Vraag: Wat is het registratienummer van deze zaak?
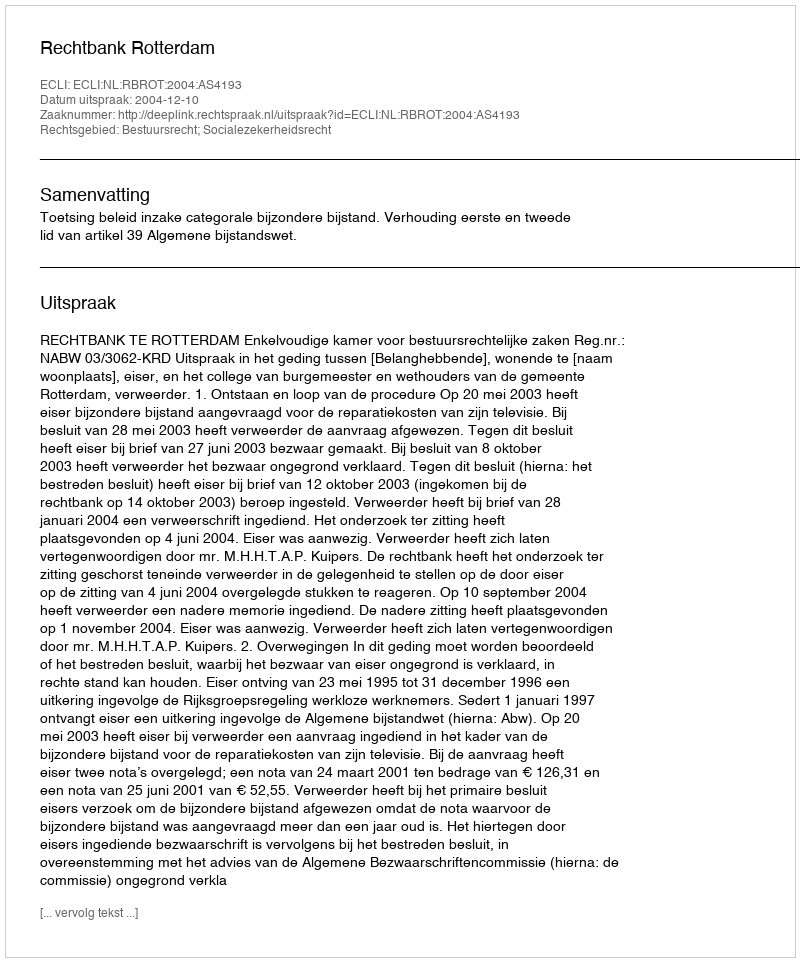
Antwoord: http://deeplink.rechtspraak.nl/uitspraak?id=ECLI:NL:RBROT:2004:AS4193